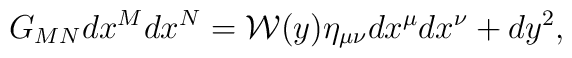
G_{MN}dx^Mdx^N={\cal W}(y)\eta_{\mu\nu}dx^{\mu}dx^{\nu}+dy^2,